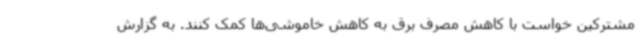
مشترکین خواست با کاهش مصرف برق به کاهش خاموشی‌ها کمک کنند. به گزارش